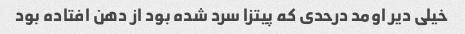
خیلی دیر اومد درحدی که پیتزا سرد شده بود از دهن افتاده بود